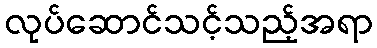
လုပ်ဆောင်သင့်သည့်အရာ